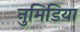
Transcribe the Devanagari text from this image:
नुमिडिया